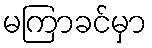
မကြာခင်မှာ